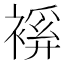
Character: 𧜋